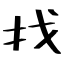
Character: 找